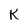
Character: K